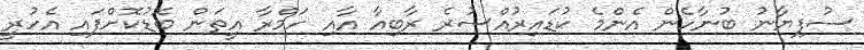
ސުފިޔާނު ބުނާހެން އެންމެ ކުޑައިރުއްސުރެ ރާބިއާ އާއި ހަމްރާ އީތަން ބޮޑުކޮށްފައި އެހުރީ